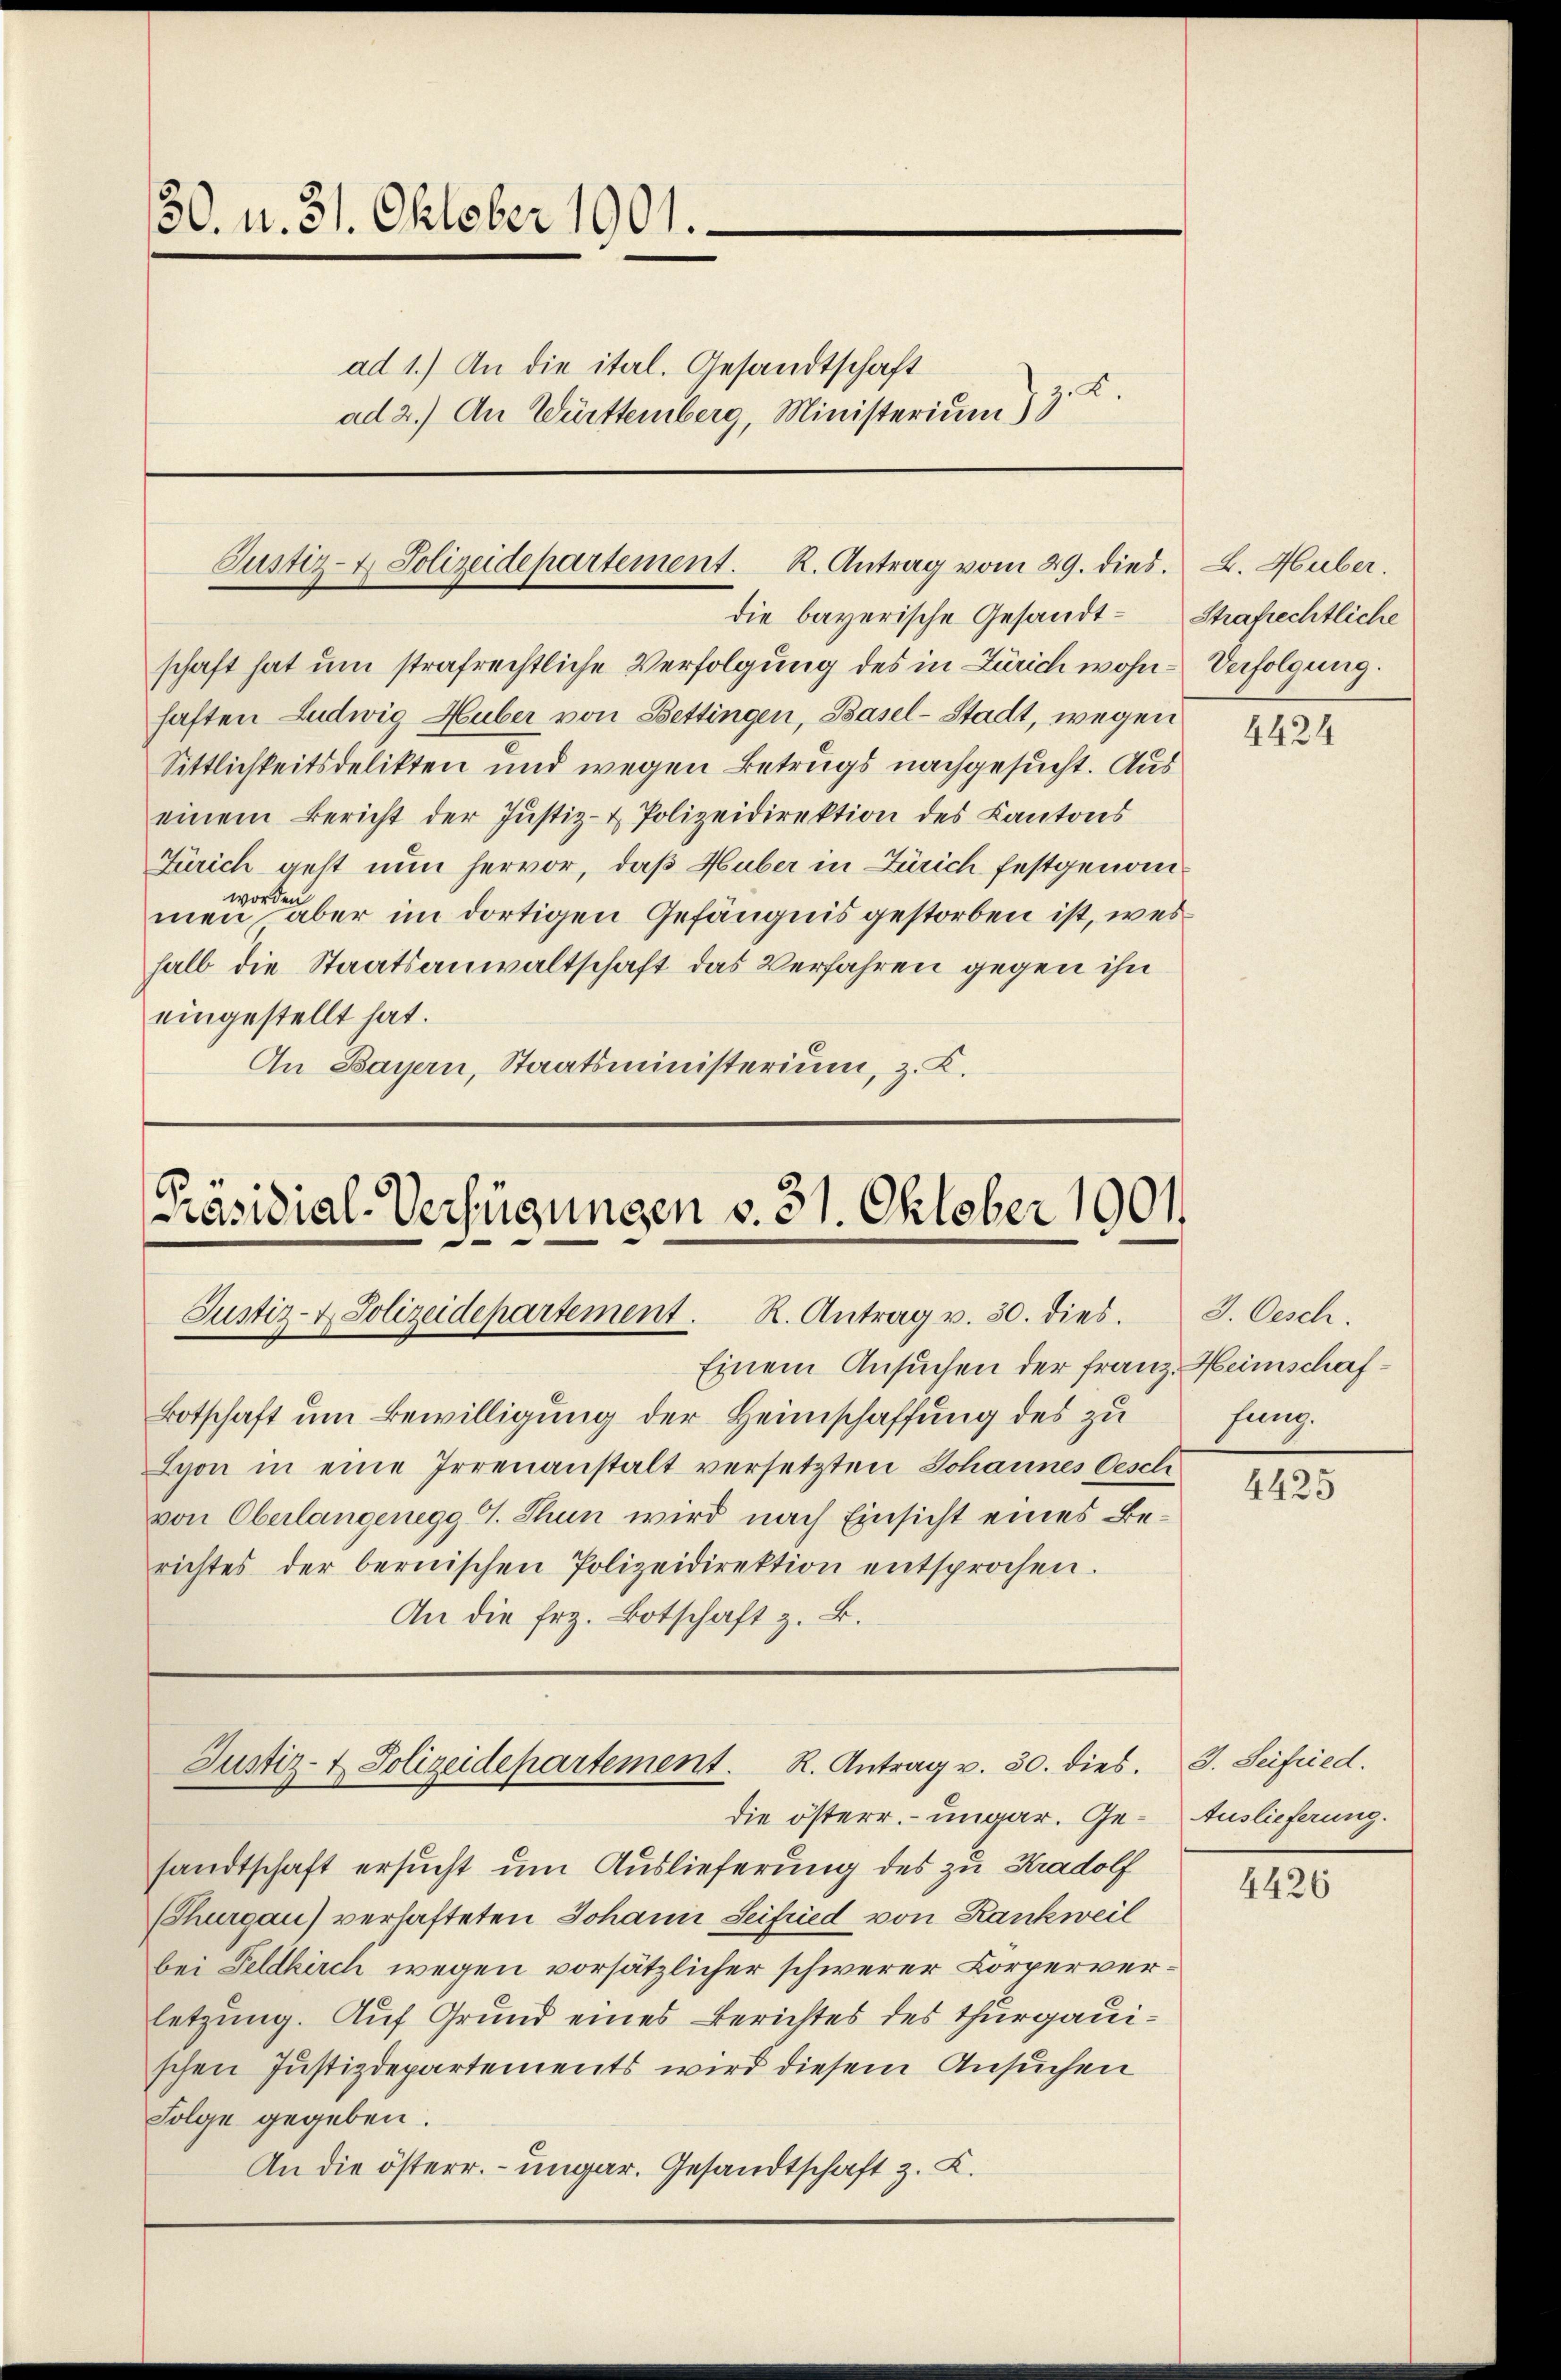
30. v. 31. Oktober 1901.
ad 1.) An die ital. Gesandtschaft
ad 2.) An Württemberg, Ministerium & 3. K.

Justiz- & Polizeidepartement. R. Antrag vom 29. dies.

die bayerische Gesandtschaft hat um strafrechtliche Verfolgung des in Zürich wohnhaften Ludwig Huber von Bettingen, Basel-Stadt, wegen
Sittlichkeitsdelikten und wegen Betrugs nachgesucht. Aus
einem Bericht der Justiz- & Polizeidirektion des Kantons
Zürich geht nun hervor, daß Huber in Zürich festgenomwo
men aber im dortigen Gefängnis gestorben ist, wes
halb die Staatsanwaltschaft das Verfahren gegen ihn
eingestellt hat.
An Bayern, Staatsministerium, z. K.

Präsidial-Verfügungen v. 31. Oktober 1901.
Justiz- & Polizeidepartement. R. Antrag v. 30. dies. S. Oesch.
Einem Ansuchen der Franz Heimschaf¬
Botschaft um Bewilligung der Heimschaffung des zu

Lyon in eine Irrenanstalt versetzten Johannes Gesch
von Oberlangenegg 4. Thun wird nach Einsicht eines Berichtes der bernischen Polizeidirektion entsprochen.

An die frz. Botschaft z. B.

Justiz- & Polizeidepartement. R. Antrag v. 30. dies. J. Seifried.

die österr. – ungar. Gesandtschaft ersucht um Auslieferung des zu Kradolf
Thurgau) verhafteten Johann Seifried von Rankweil
bei Feldkirch wegen vorsätzlicher schwerer Körperverletzung. Auf Grund eines Berichtes des Thurgauschen Justizdepartements wird diesem Ansuchen
Folge gegeben.
An die österr. – ungar. Gesandtschaft z. K.

L. Huber.
Strafrechtliche
Verfolgung.

4424

fung.

4425

Auslieferung.

4426